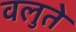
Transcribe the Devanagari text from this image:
वलुते